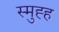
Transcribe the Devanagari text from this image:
स्मुह्ह